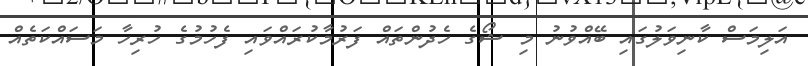
އަލިމަސް ކާނިވަލުގައި ބޭއްވުނު މި ޝޯގެ ހެދުންތައް ފަރުމާކުރައްވައި ފެހުމުގެ ހުރިހާ މަސައްކަތެއް